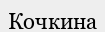
Кочкина